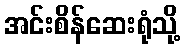
အင်းစိန်ဆေးရုံသို့